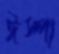
ঈস্পা